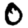
Digit: 0